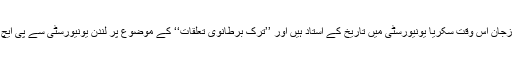
ڈاکٹر اوزجان اس وقت سکریا یونیورسٹی میں تاریخ کے استاد ہیں اور ’’ترک برطانوی تعلقات‘‘ کے موضوع پر لندن یونیورسٹی سے پی ایچ ڈی ہیں۔